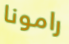
رامونا